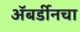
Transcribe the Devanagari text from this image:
अॅबर्डीनचा